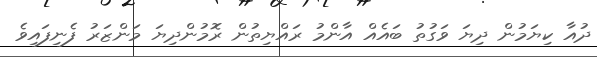
ދުއާ ކިޔަމުން ދިޔަ ވަގުތު ބައެއް އާންމު ރައްޔިތުން ރޮމުންދިޔަ މަންޒަރު ފެނިފައިވެ